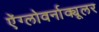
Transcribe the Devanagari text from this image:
ऐंग्लोवर्नाक्यूलर